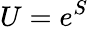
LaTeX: U=e^{S}